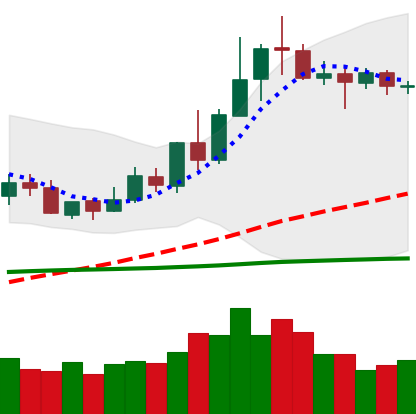
Ticker: XLM-USD
Chart end date: 2020-06-10
Forward return: -9.595%
Label: down_7plus